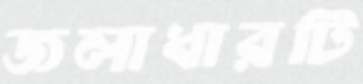
জলাধারটি